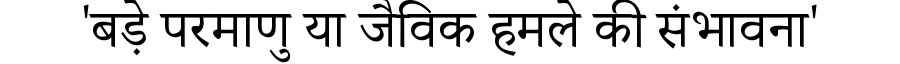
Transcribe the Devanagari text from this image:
'बड़े परमाणु या जैविक हमले की संभावना'